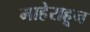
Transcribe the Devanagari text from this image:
माहेराहून